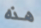
هذه